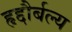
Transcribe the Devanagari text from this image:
हृद्दौर्बल्य